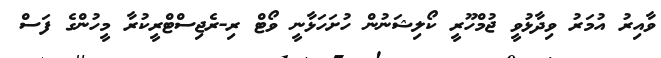
ވާއިރު އުމަރު ވިދާޅުވީ ޖުމްހޫރީ ކޯލިޝަނުން ހުށަހަޅާނީ ވޯޓް ރި-ރެޖިސްޓްރީކުރާ މީހުންގެ ފަސް